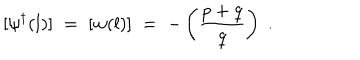
LaTeX: [ \psi ^ { \dagger } ( l ) ] \; = \; [ w ( l ) ] \; = \; - \left( \frac { p + q } { q } \right) \; .